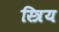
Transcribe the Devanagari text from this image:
स्त्रिय